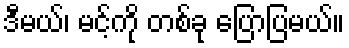
ဒီမယ်၊ မင့်ကို တစ်ခု ပြောပြမယ်။